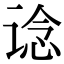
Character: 谂